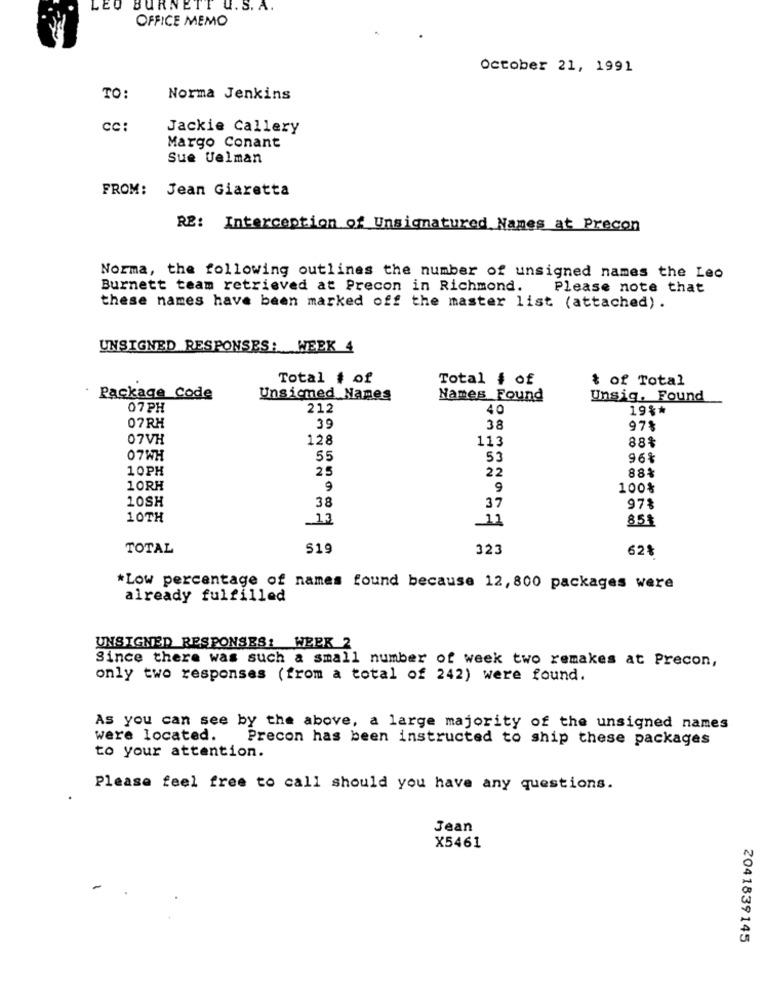
LEO BURNETT U. S. A.
OFFICE MEMO
October 21, 1991
TO:
Norma Jenkins
cc:
Jackie Callery
Margo Conant
Sue Uelman
FROM: Jean Giaretta
RE: Interception of Unsignatured Names at Precon
Norma, the following outlines the number of unsigned names the Leo
Burnett team retrieved at Precon in Richmond.
Please note that
these names have been marked off the master list (attached).
UNSIGNED RESPONSES: WEEK 4
Total # of
Total # of
t of Total
Package Code
Unsicmed Names
Names Found
Unsig, Found
07PH
212
40
19%*
07RH
39
38
97%
07VH
128
113
88%
07WH
55
53
96%
10PH
25
22
881
10RH
9
9
100%
10SH
38
37
97%
10TH
13
12
85$
TOTAL
$19
323
62%
*Low percentage of names found because 12, 800 packages were
already fulfilled
UNSIGNED RESPONSES: WEEK 2
Since there was such a small number of week two remakes at Precon,
only two responses (from a total of 242) were found.
As you can see by the above, a large majority of the unsigned names
were located. Precon has been instructed to ship these packages
to your attention.
Please feel free to call should you have any questions.
Jean
X5461
2041839145